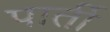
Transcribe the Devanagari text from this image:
पार्ती